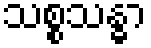
သစ္စသန္ဓာ